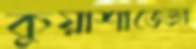
কুয়াশাভেজা